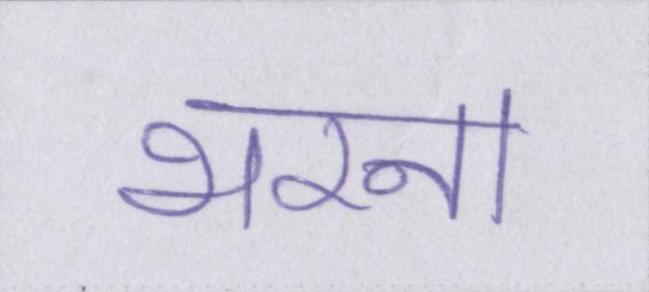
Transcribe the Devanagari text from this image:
भरना